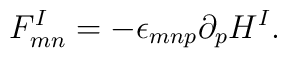
F_{mn}^{I}=-\epsilon_{mnp}\partial_{p}H^{I}.